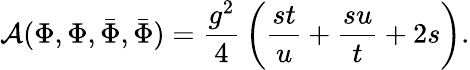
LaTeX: {\cal A}(\Phi,\Phi,{\bar{\Phi}},{\bar{\Phi}})={\frac{g^{2}}{4}}\left({\frac{st}{u}}+{\frac{su}{t}}+2s\right).